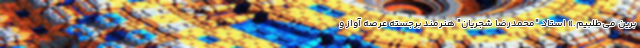
برین می‌طلبیم.» استاد "محمدرضا شجریان" هنرمند برجسته عرصه آواز و